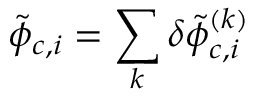
\tilde { \phi } _ { c , i } = \sum _ { k } \delta \tilde { \phi } _ { c , i } ^ { ( k ) }